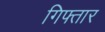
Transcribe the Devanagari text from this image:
गिफ्तार